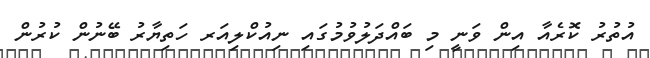
އުތުރު ކޮރެއާ އިން ވަނީ މި ބައްދަލުވުމުގައި ނިއުކްލިއަރ ހަތިޔާރު ބޭނުން ކުރުން